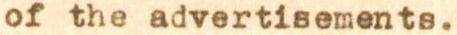
of the advertisements.